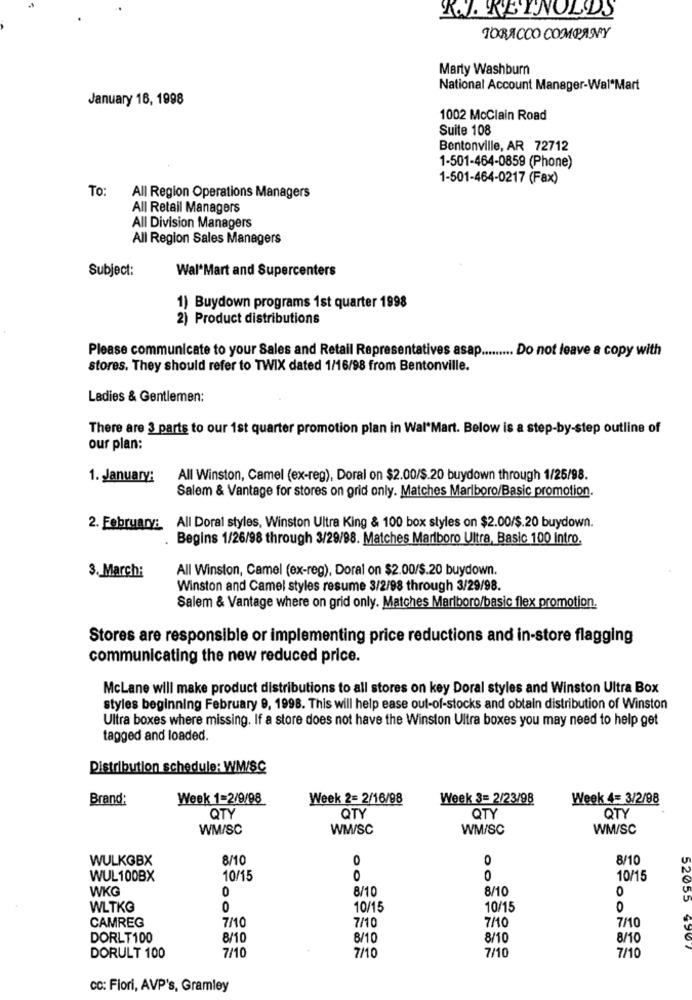
R.J. REYNOLDS
TORACCO COMPANY
Marty Washburn
National Account Manager-Wal Mart
January 16, 1998
1002 McClain Road
Suite 108
Bentonville, AR 72712
1-501-464-0859 (Phone)
1-501-464-0217 (Fax)
To:
All Region Operations Managers
All Retail Managers
All Division Managers
All Region Sales Managers
Subject:
Wal'Mart and Supercenters
1) Buydown programs 1st quarter 1998
2) Product distributions
Please communicate to your Sales and Retail Representatives asap ......... Do not leave a copy with
stores. They should refer to TWIX dated 1/16/98 from Bentonville.
Ladies & Gentlemen:
There are 3 parts to our 1st quarter promotion plan in Wal-Mart. Below is a step-by-step outline of
our plan:
1. January:
All Winston, Camel (ex-reg), Doral on $2.00/$.20 buydown through 1/25/98.
Salem & Vantage for stores on grid only. Matches Marlboro/Basic promotion.
2. February:
All Doral styles, Winston Ultra King & 100 box styles on $2.00/$.20 buydown.
Begins 1/26/98 through 3/29/98. Matches Marlboro Ultra, Basic 100 Intro.
All Winston, Camel (ex-reg), Doral on $2.00/$.20 buydown.
3. March:
Winston and Camel styles resume 3/2/98 through 3/29/98.
Salem & Vantage where on grid only. Matches Marlboro/basic flex promotion.
Stores are responsible or implementing price reductions and in-store flagging
communicating the new reduced price.
McLane will make product distributions to all stores on key Doral styles and Winston Ultra Box
styles beginning February 9, 1998. This will help ease out-of-stocks and obtain distribution of Winston
Ultra boxes where missing. If a store does not have the Winston Ultra boxes you may need to help get
tagged and loaded.
Distribution schedule: WM/SC
Brand:
Week 1=2/9/98
Week 2= 2/16/98
Week 3= 2/23/98
Week 4= 3/2/98
QTY
QTY
QTY
QTY
WM/SC
WMISC
WM/SC
WM/SC
WULKGBX
8/10
0
8/10
WUL100BX
10/15
0
0
10/15
WKG
0
8/10
8/10
WLTKG
0
10/15
10/15
O
CAMREG
7/10
7/10
7/10
7/10
DORLT100
8/10
8/10
8/10
8/10
DORULT 100
7/10
7/10
7/10
7/10
cc: Fiori, AVP's, Gramley